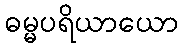
ဓမ္မပရိယာယော